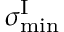
\sigma _ { \mathrm { m i n } } ^ { \mathrm { I } }